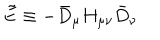
\tilde { E } \equiv - \bar { D } _ { \mu } H _ { \mu \nu } \bar { D } _ { \nu }